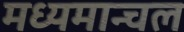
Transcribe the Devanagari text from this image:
मध्यमान्चल